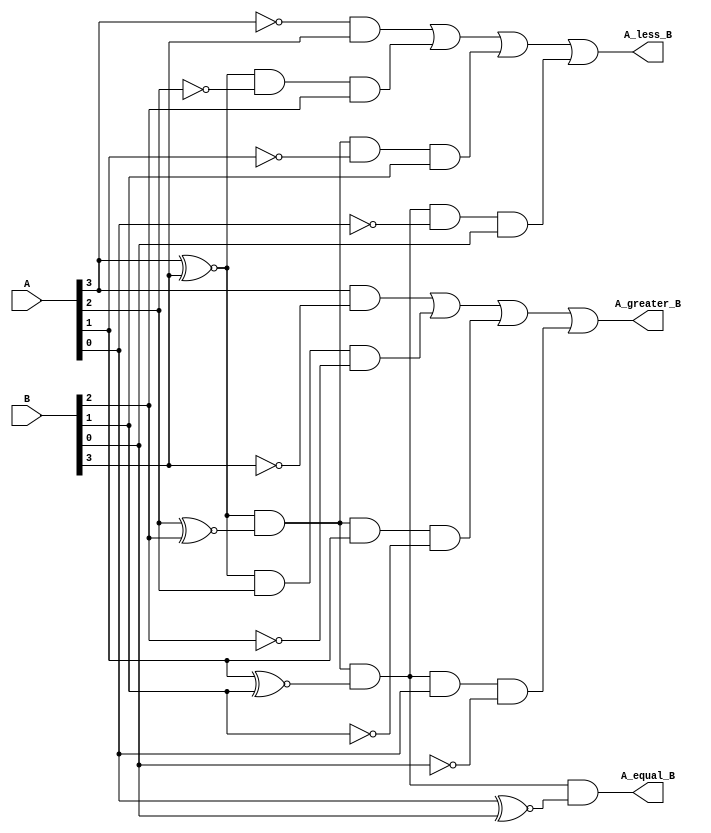
`timescale 1ns / 1ps
//////////////////////////////////////////////////////////////////////////////////
// Company: 
// Engineer: 
// 
// Design Name: 
// Module Name: Four_Bit_Comparator
// Project Name: 
// Target Devices: 
// Tool Versions: 
// Description: 
// 
// Dependencies: 
// 
// Revision:
// Revision 0.01 - File Created
// Additional Comments:
// 
//////////////////////////////////////////////////////////////////////////////////


module Four_Bit_Comparator( A,  B,  A_less_B, A_equal_B, A_greater_B  );
   //input ports
   input [3:0] A;
   input [3:0] B;
   //output ports
   output A_less_B;
   output A_equal_B;
   output A_greater_B;
   //wires
   wire x0,x1,x2,x3;
   //computing xors
   assign x3 = A[3] ~^ B[3];
   assign x2 = A[2] ~^ B[2];
   assign x1 = A[1] ~^ B[1];
   assign x0 = A[0] ~^ B[0];
   
   assign A_equal_B = (x3) & (x2) & (x1) & (x0);
   
   assign A_less_B = (~A[3] & B[3]) | (x3 & ~A[2] & B[2]) | (x3 & x2 & ~A[1] & B[1]) | ( x3 & x2 & x1 & ~A[0] & B[0]);
   
   assign A_greater_B = (A[3] & ~B[3]) | (x3 & A[2] & ~B[2]) | (x3 & x2 & A[1] & ~B[1]) | ( x3 & x2 & x1 & A[0] & ~B[0]);
   
endmodule